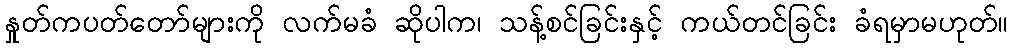
နှုတ်ကပတ်တော်များကို လက်မခံ ဆိုပါက၊ သန့်စင်ခြင်းနှင့် ကယ်တင်ခြင်း ခံရမှာမဟုတ်။